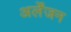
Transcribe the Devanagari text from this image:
अर्लेंजन